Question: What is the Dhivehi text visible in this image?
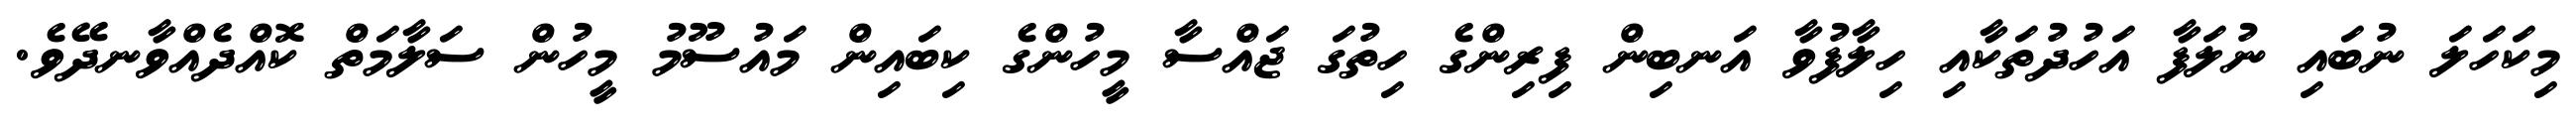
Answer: މިކަހަލަ ނުބައި ނުލަފާ އަހުދުތަކާއި ހިލާފުވާ އަނބިން ފިރިންގެ ހިތުގަ ޖައްސާ މީހުންގެ ކިބައިން މައުސޫމު މީހުން ސަލާމަތް ކޮއްދެއްވާނދޭވެ.